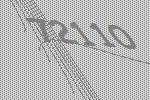
72110